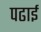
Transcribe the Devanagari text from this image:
पढार्इ